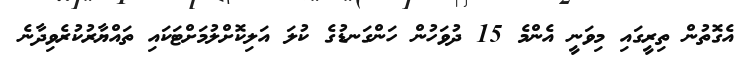
އެގޮތުން ތިރީގައި މިވަނީ އެންމެ 15 ދުވަހުން ހަންގަނޑުގެ ކުލަ އަލިކޮށްލުމަށްޓަކައި ތައްޔާރުކުރެވިދާނެ